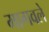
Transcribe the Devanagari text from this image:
मागवले